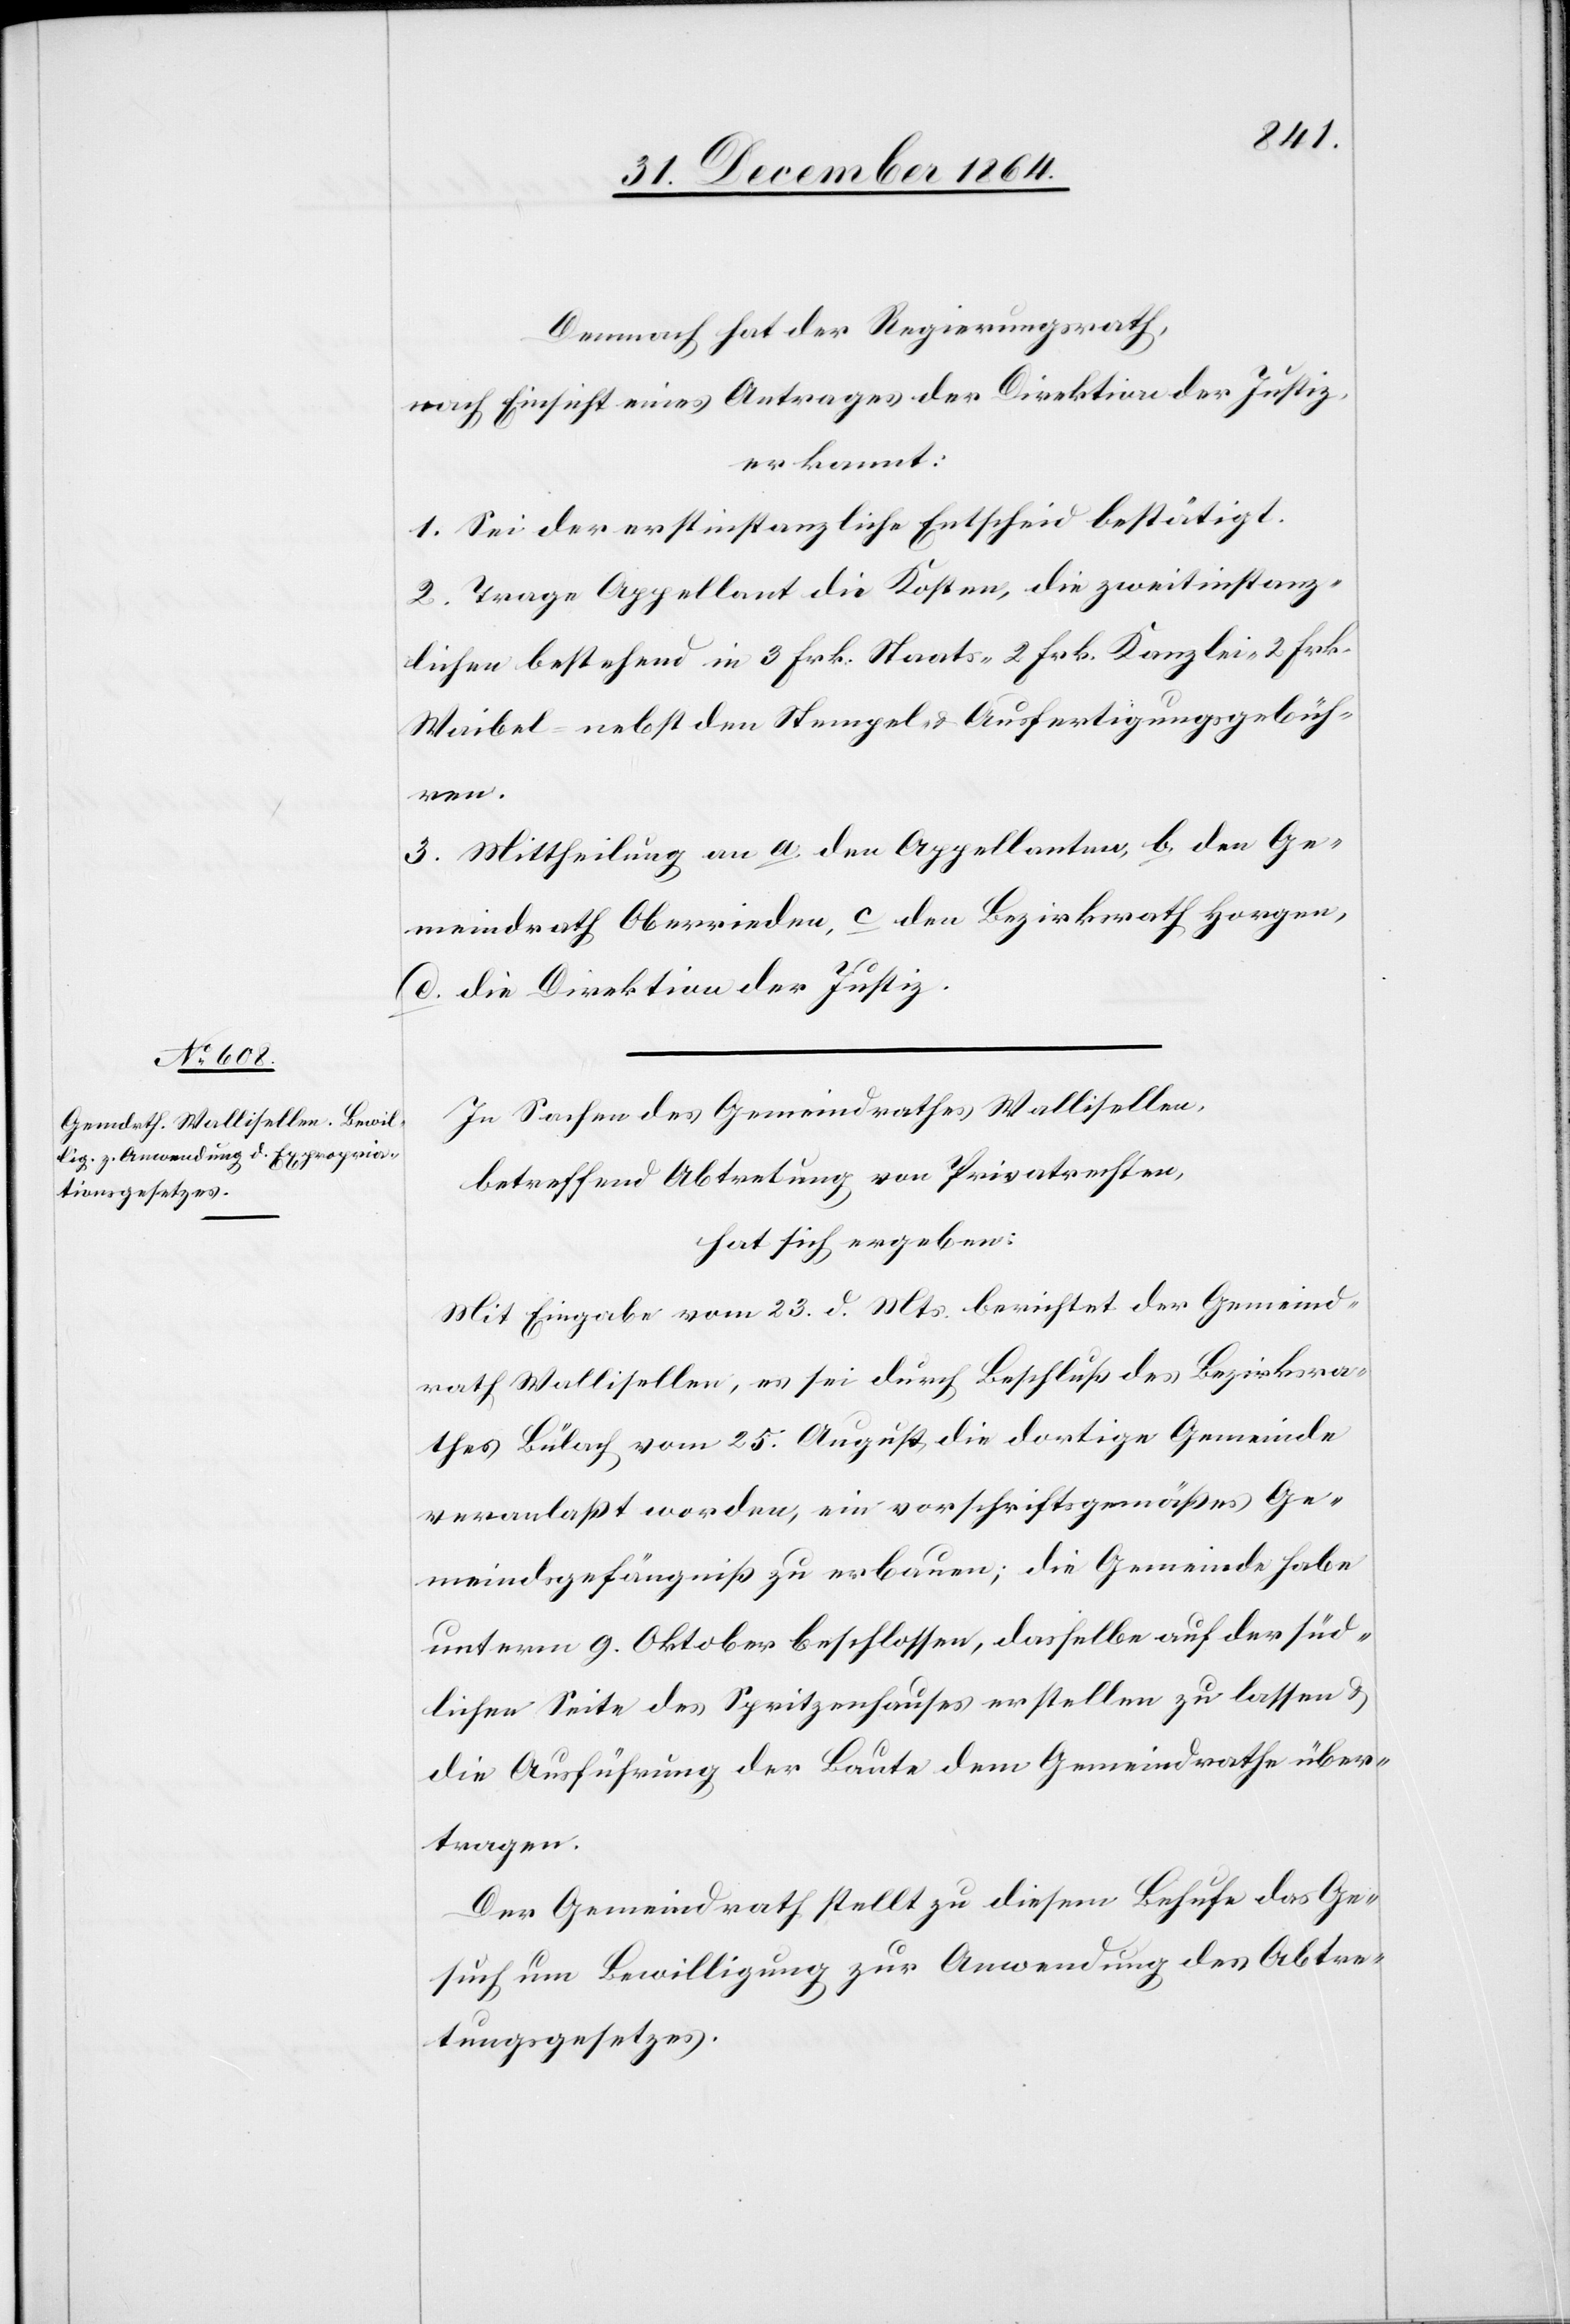
Demnach hat der Regierungsrath,
nach Einsicht eines Antrages der Direktion der Justiz,
erkannt:
1. Sei der erstinstanzliche Entscheid bestätigt.
2. Trage Appellant die Kosten, die zweitinstanz¬
lichen bestehend in 3 Frk. Staats- 2 Frk. Kanzlei- 2 Frk.
Waibel- nebst den Stempel- & Ausfertigungsgebüh¬
ren.
3. Mittheilung an a. den Appellanten, b. den Ge¬
meindrath Oberrieden, c. den Bezirksrath Horgen,
d. die Direktion der Justiz.
In Sachen des Gemeindrathes Wallisellen,
betreffend Abtretung von Privatrechten,
hat sich ergeben:
Mit Eingabe vom 23. d. Mts. berichtet der Gemeind¬
rath Wallisellen, es sei durch Beschluß des Bezirksra¬
thes Bülach vom 25. August die dortige Gemeinde
veranlaßt worden, ein vorschriftsgemäßes Ge¬
meindsgefängniß zu erbauen; die Gemeinde habe
unterm 9. Oktober beschlossen, dasselbe auf der süd¬
lichen Seite des Spritzenhauses erstellen zu lassen &
die Ausführung der Baute dem Gemeindrathe über¬
tragen.
Der Gemeindrath stellt zu diesem Behufe das Ge¬
such um Bewilligung zur Anwendung des Abtre¬
tungsgesetzes.